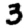
Digit: 3